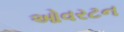
ઓવરટન